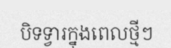
បិទទ្វារក្នុងពេលថ្មីៗ